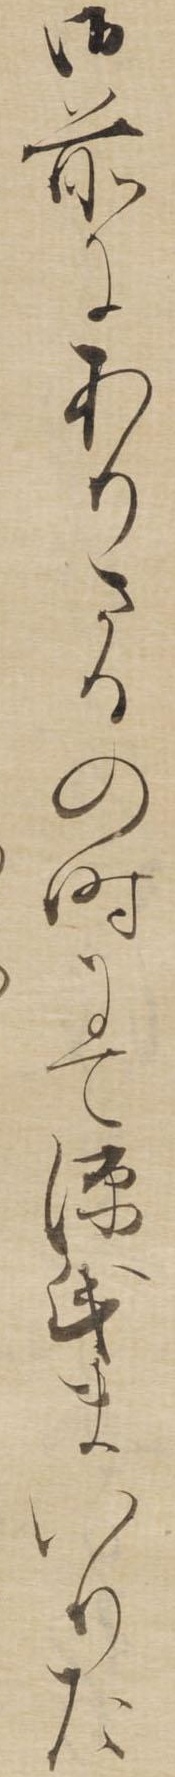
御前にありさるの時にて源氏まいりた